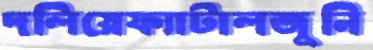
দলিয়েফ্যাটালজুনি